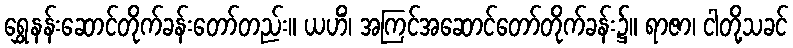
ရွှေနန်းဆောင်တိုက်ခန်းတော်တည်း။ ယဟိံ၊ အကြင်အဆောင်တော်တိုက်ခန်း၌။ ရာဇာ၊ ငါတို့သခင်